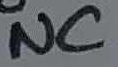
Text: NC